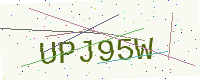
Text: UPJ95W